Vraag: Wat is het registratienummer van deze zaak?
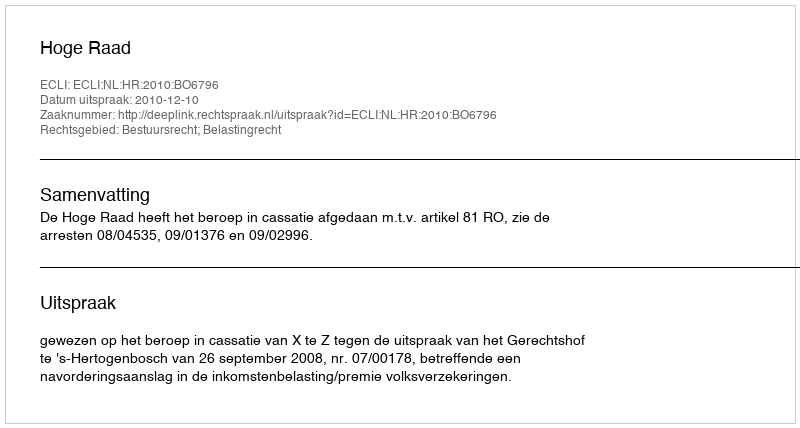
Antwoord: http://deeplink.rechtspraak.nl/uitspraak?id=ECLI:NL:HR:2010:BO6796